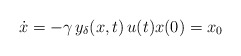
\begin{align*}\dot{x}= -\gamma \, y_\delta(x,t) \, u(t)x(0) = x_0\end{align*}